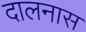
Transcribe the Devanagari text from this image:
दालनास